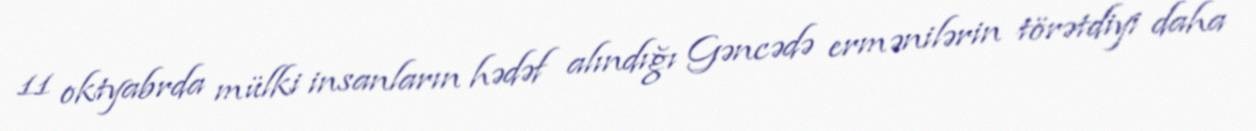
11 oktyabrda mülki insanların hədəf alındığı Gəncədə ermənilərin törətdiyi daha